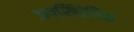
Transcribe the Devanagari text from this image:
अवस्थितिक